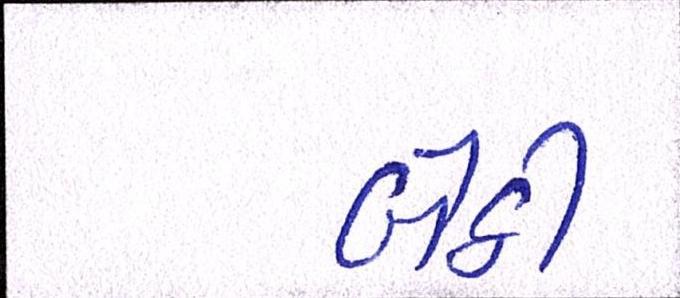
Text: બેઠી